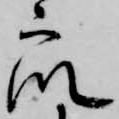
衆